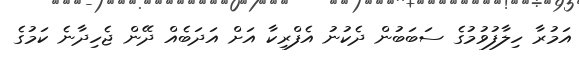
އަމުރާ ހިލާފުވުމުގެ ސަބަބުން ދެކުނު އެފްރިކާ އަށް އަދަބެއް ދޭން ޖެހިދާނެ ކަމުގެ